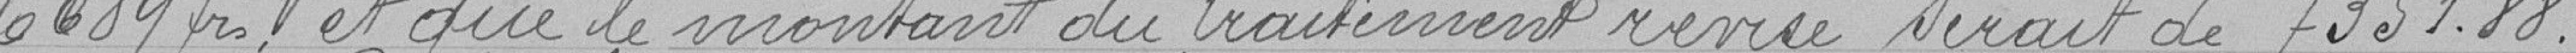
6689 francs et que le montant du traitement révisé serait de 7351,88.